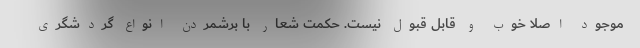
موجود اصلا خوب و قابل­ قبول نیست. حکمت شعار با برشمردن انواع گردشگری